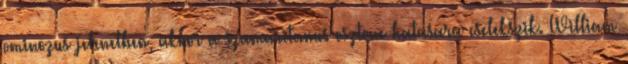
ominozus jelenetben, akkor a szamaritanus osztone hatasara cselekszik. William